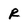
Character: R